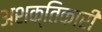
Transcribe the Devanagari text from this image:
अशक्तिकारी